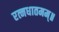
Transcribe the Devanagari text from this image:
रत्नधातमम्॥